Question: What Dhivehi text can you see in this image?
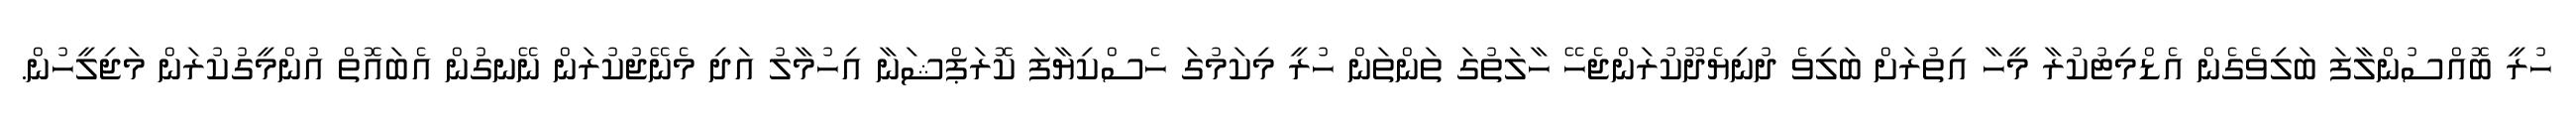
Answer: ހުރީ ބޮއްސުންލާފަ ބަލިވެގެން އެޑްމިޓުކުރާ މީހާ އިތުރަށް ބަލިވެ ދުނިޔެދޫކުރަންޖެހޭ ހާލަތުގަ ތަންތަން ހުރީ މިކަމުގަ ހެސްކިޔާފަ ކޮރަޕްޝަނާ އިހުމާލު އަދި މެނޭޖުކުރަން ނޭނގުން އެބައޮތް އުންމީގުކުރަން މަޖިލީހުން.